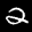
Label: 2